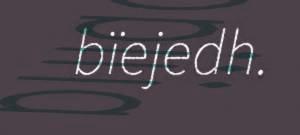
bïejedh.